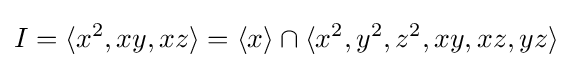
I=\langle x^{2},xy,xz\rangle =\langle x\rangle \cap \langle x^{2},y^{2},z^{2},xy,xz,yz\rangle